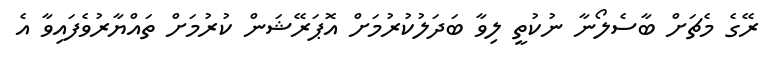
ރޭގެ މެޗަށް ބާސެލޯނާ ނުކުތީ ލިވާ ބަދަލުކުރުމަށް އޮޕަރޭޝަން ކުރުމަށް ތައްޔާރުވެފައިވާ އެ